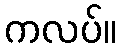
ကလပ်။